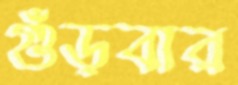
গুঁড়বার